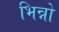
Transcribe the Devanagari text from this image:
भिन्नो